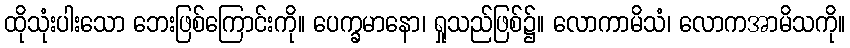
ထိုသုံးပါးသော ဘေးဖြစ်ကြောင်းကို။ ပေက္ခမာနော၊ ရှုသည်ဖြစ်၌။ လောကာမိသံ၊ လောကအာမိသကို။